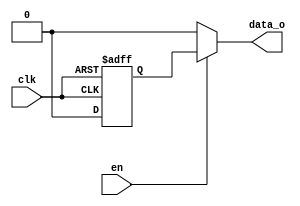
module test (
    input  wire  en,
    input  wire  clk,
    output reg  data_o,
);

    reg data;

    always @(posedge clk or negedge clk) begin
        if(clk) data <= 1;
        else data <= 0;
    end

    always@(*) begin
        if (en) data_o = data;
        else data_o = 0;
    end
endmodule